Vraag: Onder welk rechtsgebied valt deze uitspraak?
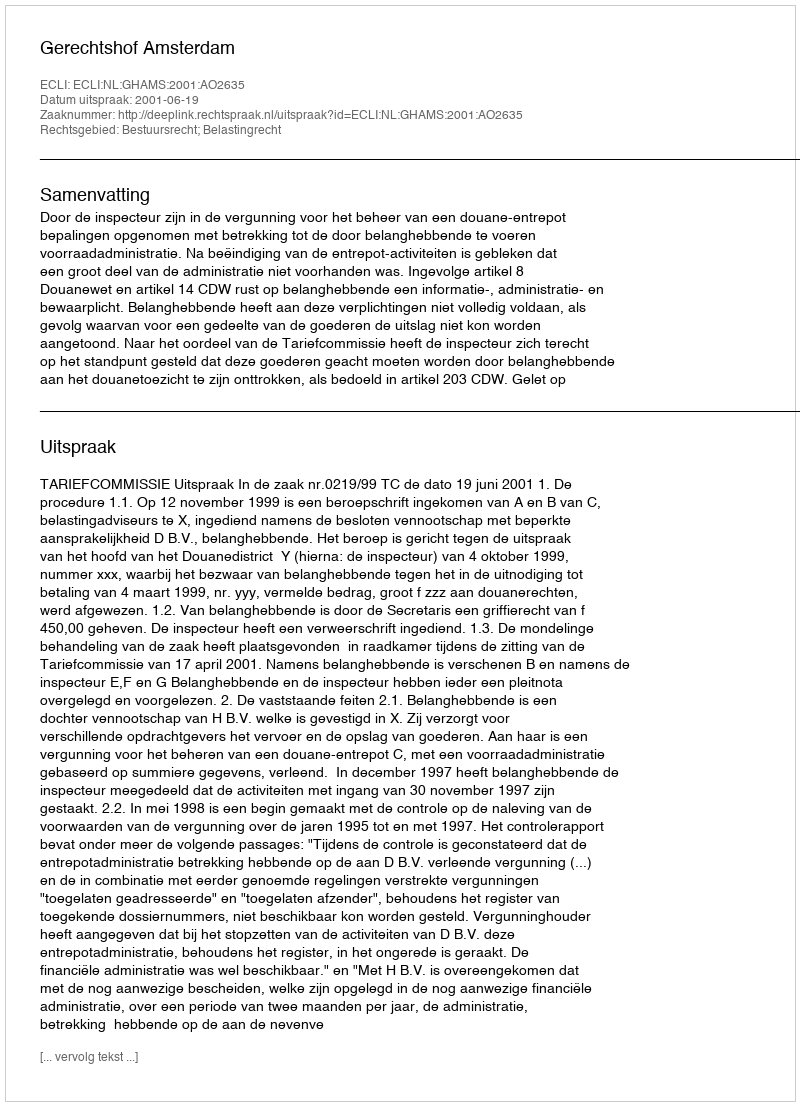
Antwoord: Bestuursrecht; Belastingrecht